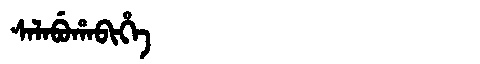
Manchu: ᠰᠠᠯᠠᠪᡠᡥᠠᠪᡳᡥᡝ
Romanization: SALABUHABIHE